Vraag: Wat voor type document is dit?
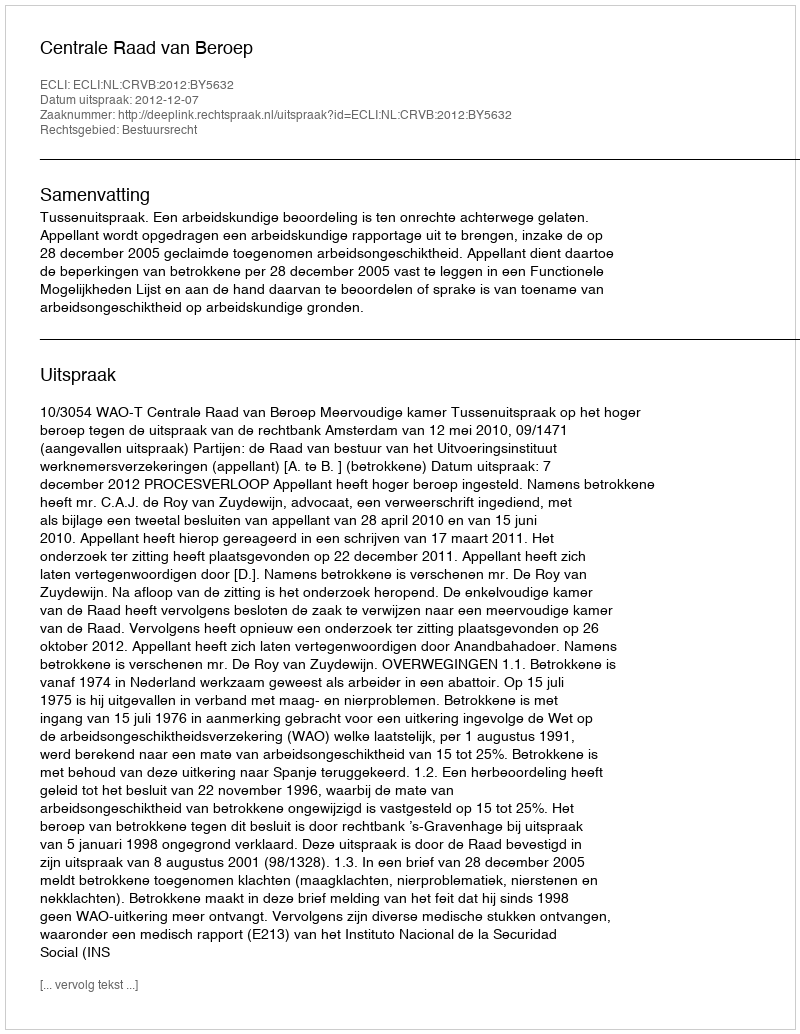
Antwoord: Uitspraak